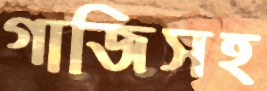
গাজিসহ